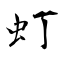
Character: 虰